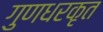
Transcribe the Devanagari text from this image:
गुणधरकृत